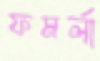
ফমর্লা